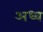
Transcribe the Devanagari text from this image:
अध्व